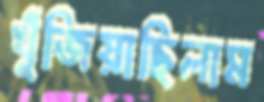
খুঁজিয়াছিলাম